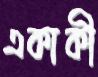
একাকী